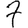
Digit: 7